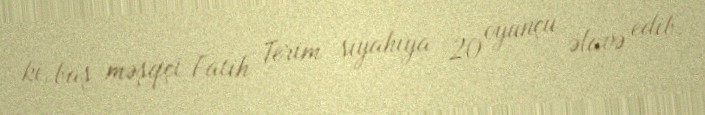
ki, baş məşqçi Fatih Terim siyahıya 20 oyunçu əlavə edib.